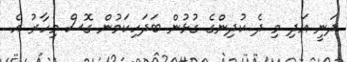
ދަނީ އަދި މި ދެ ކުދިންގެ ގުޅުން ބަދަހިކަމުން ގޮސް މިހާރު އެ